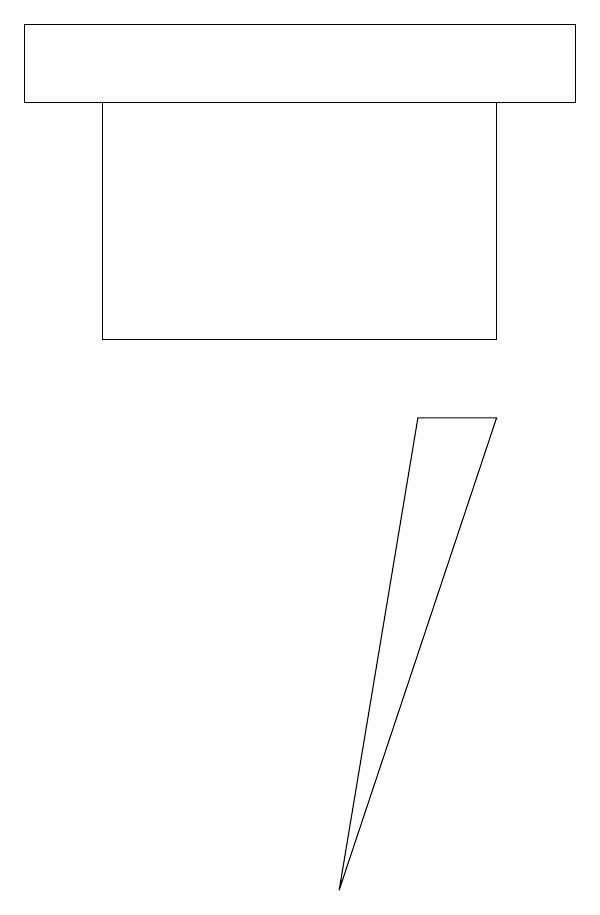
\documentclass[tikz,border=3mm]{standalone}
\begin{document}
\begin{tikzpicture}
\draw (7,14) rectangle (0,13);
\draw (6,10) rectangle (1,13);
\draw (5,9) -- (4,3) -- (6,9) -- cycle;
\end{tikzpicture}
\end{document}